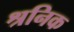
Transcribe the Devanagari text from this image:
श्रनिक